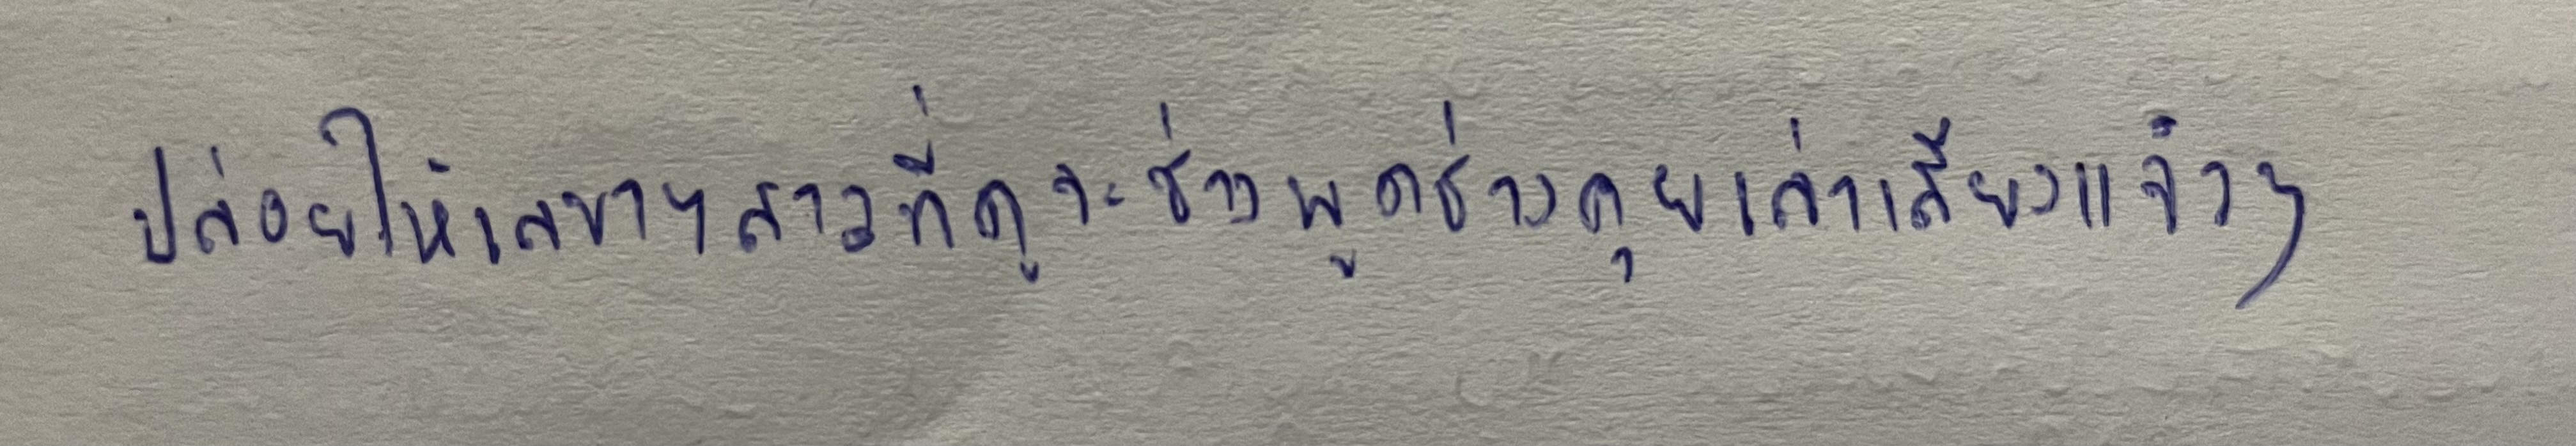
ปล่อยให้เลขาฯสาวที่ดูจะช่างพูดช่างคุยเล่าเสียงแจ๋วๆ